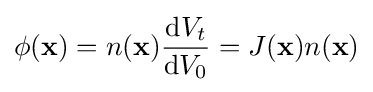
\phi (\mathbf {x} )=n(\mathbf {x} ){\frac {\mathrm {d} V_{t}}{\mathrm {d} V_{0}}}=J(\mathbf {x} )n(\mathbf {x} )